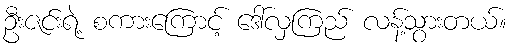
ဦးဇင်းရဲ့ စကားကြောင့် ဒေါ်လှကြည် လန့်သွားတယ်။